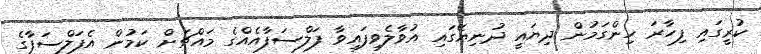
ކުރީގައި ފިހާރަ ހިންގަމުން ދިޔައީ ދުނިޔޭގައި އުވާލެވިފައިވާ ފަލްސަފާއެއްގެ މައްޗަށް ކަމުން އެފަލްސަފާގެ